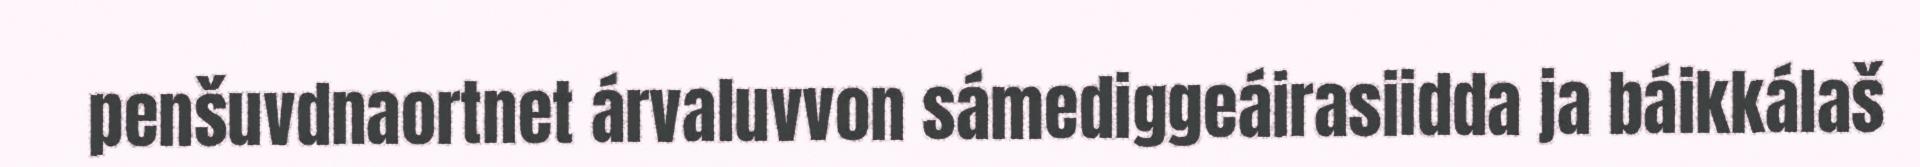
penšuvdnaortnet árvaluvvon sámediggeáirasiidda ja báikkálaš